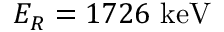
E _ { R } = 1 7 2 6 ~ \mathrm { k e V }